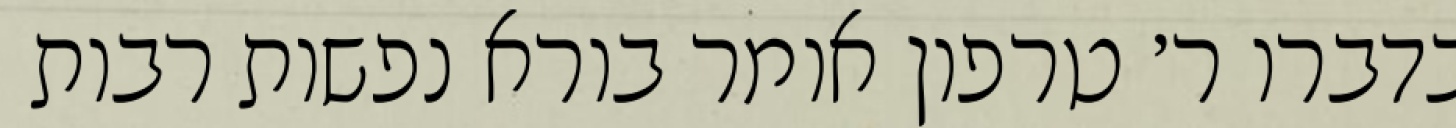
בדברו ר׳ טרפון אומר בורא נפשות רבות